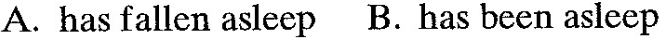
A. has fallen asleep B. Has been asleep